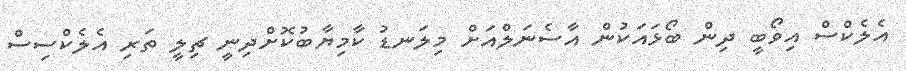
އެލެކްސް އިވޯބީ ދިން ބޯޅައަކުން އާސެނަލްއަށް މިލަނޑު ކާމިޔާބުކޮށްދިނީ ޗިލީ ތަރި އެލެކްސިސް